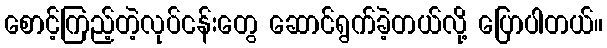
စောင့်ကြည့်တဲ့လုပ်ငန်းတွေ ဆောင်ရွက်ခဲ့တယ်လို့ ပြောပါတယ်။